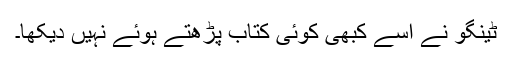
ٹینگو نے اسے کبھی کوئی کتاب پڑھتے ہوئے نہیں دیکھا۔